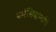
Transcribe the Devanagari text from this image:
धर्मसिद्धान्तांचे